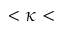
< \kappa <